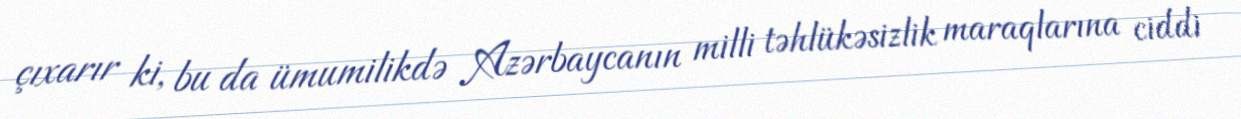
çıxarır ki, bu da ümumilikdə Azərbaycanın milli təhlükəsizlik maraqlarına ciddi